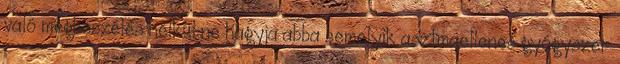
való megbeszélés nélkül ne hagyja abba semelyik asztmaellenes gyógyszer